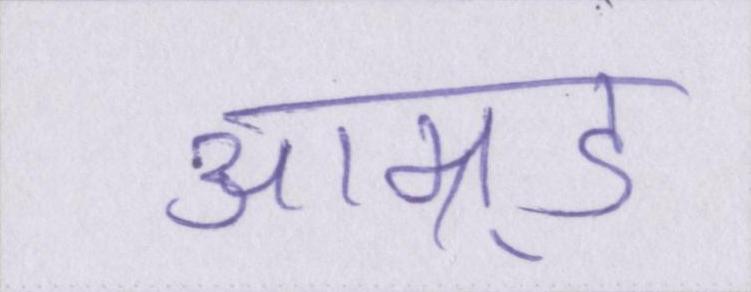
आम्र्ड